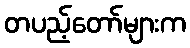
တပည့်တော်များက